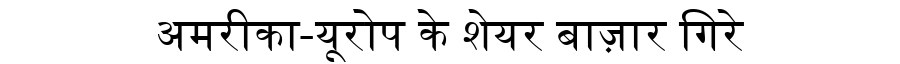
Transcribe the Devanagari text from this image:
अमरीका-यूरोप के शेयर बाज़ार गिरे